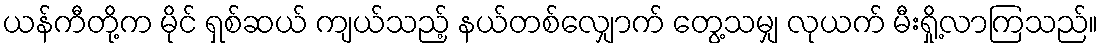
ယန်ကီတို့က မိုင် ရှစ်ဆယ် ကျယ်သည့် နယ်တစ်လျှောက် တွေ့သမျှ လုယက် မီးရှို့လာကြသည်။